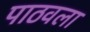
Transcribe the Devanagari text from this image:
पाठवला